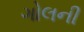
ગોલની